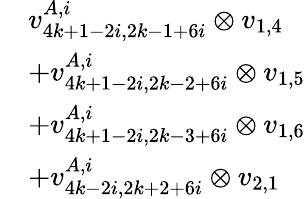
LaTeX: \begin{array}{rl}&{v_{4k+1-2i,2k-1+6i}^{A,i}\otimes v_{1,4}}\\ &{+v_{4k+1-2i,2k-2+6i}^{A,i}\otimes v_{1,5}}\\ &{+v_{4k+1-2i,2k-3+6i}^{A,i}\otimes v_{1,6}}\\ &{+v_{4k-2i,2k+2+6i}^{A,i}\otimes v_{2,1}}\end{array}